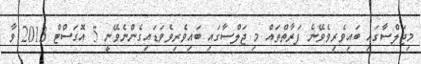
މިޖަލްސާގައި ބައިވެރިވެވޭނެ ފަރާތްތައް މި ޖަލްސާގައި ބައިވެރިވެވަޑައިގެންނެވޭނީ 5 އޮގަސްޓް 2013 ވާ